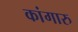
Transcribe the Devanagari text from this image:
कांगारु